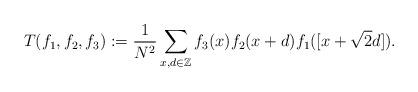
LaTeX: \begin{align*}T(f_1,f_2,f_3):=\frac{1}{N^2}\sum\limits_{x,d\in \mathbb{Z}} f_3(x)f_2(x+d)f_1([x+\sqrt{2} d]).\end{align*}